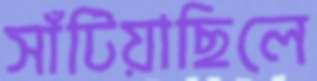
সাঁটিয়াছিলে